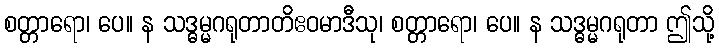
စတ္တာရော၊ ပေ။ န သဒ္ဓမ္မဂရုတာတိဧဝမာဒီသု၊ စတ္တာရော၊ ပေ။ န သဒ္ဓမ္မဂရုတာ ဤသို့